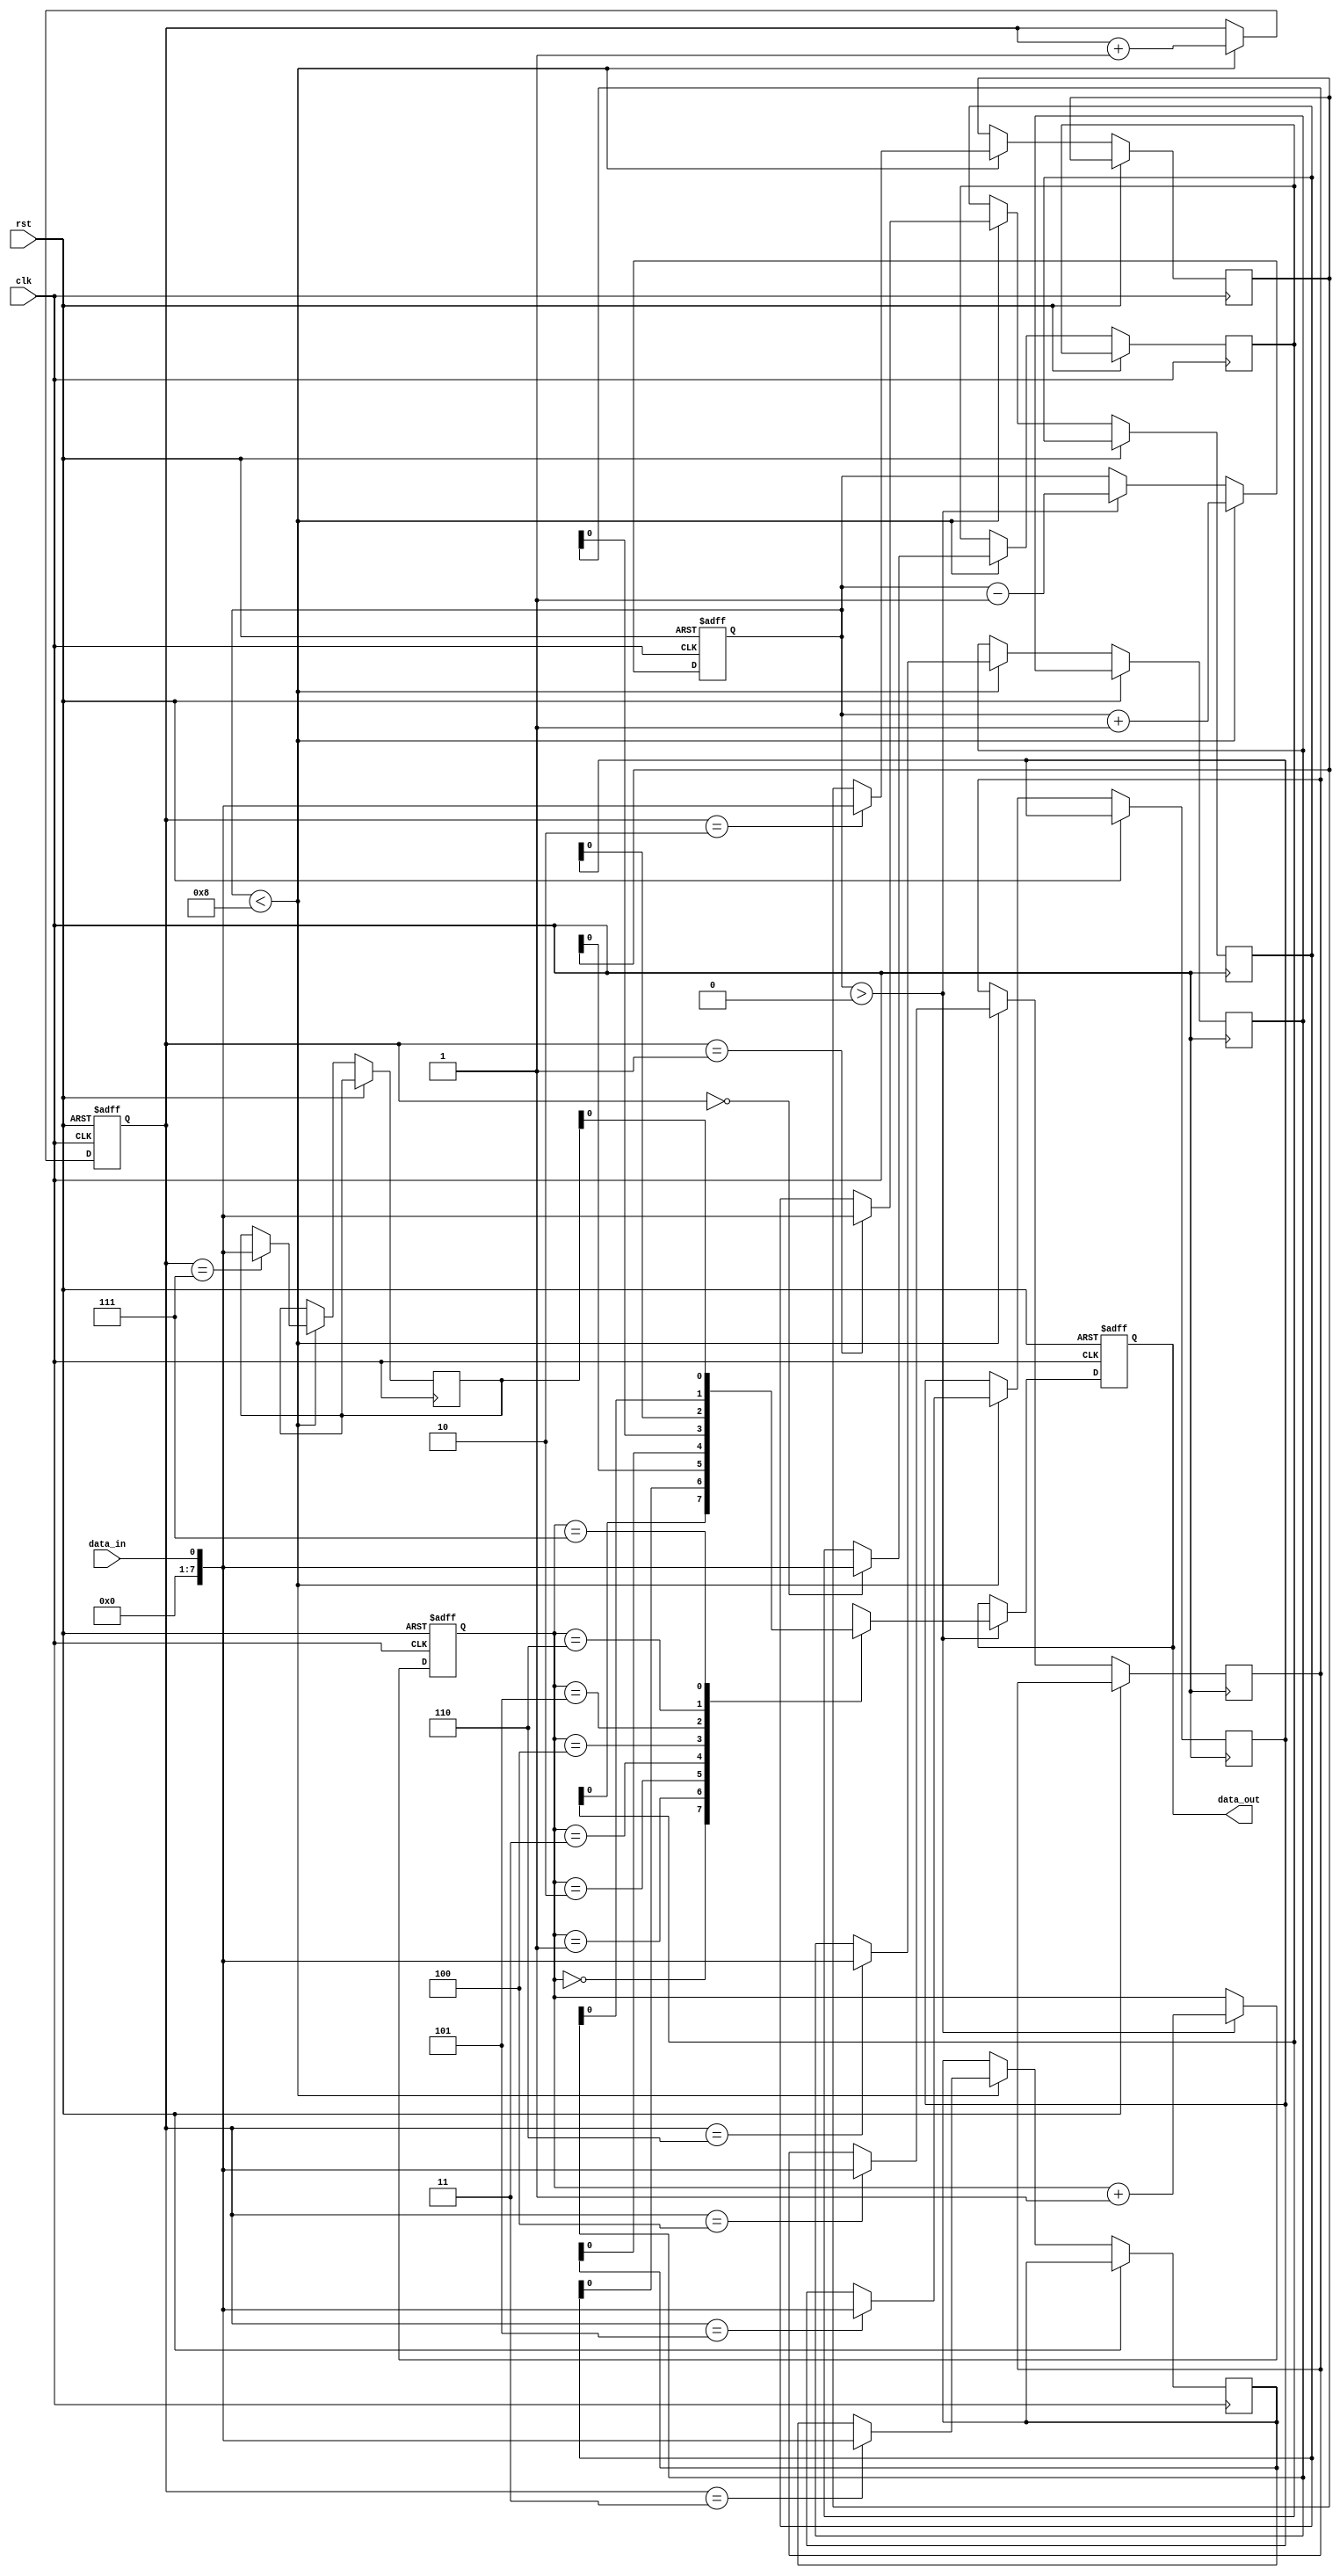
module lifo (
    input wire clk, // Clock signal
    input wire rst, // Reset signal
    input wire data_in, // Input data port
    output reg data_out // Output data port
);

reg [7:0] memory [0:7]; // Memory block to store data entries
reg [2:0] head = 0; // Head pointer to keep track of next entry to be read
reg [2:0] tail = 0; // Tail pointer to keep track of next entry to be written
reg [2:0] count = 0; // Count to keep track of number of entries in the FIFO

always @(posedge clk or posedge rst) begin
    if (rst) begin
        // Reset the FIFO
        head <= 0;
        tail <= 0;
        count <= 0;
        data_out <= 0;
    end else begin
        if (count > 0) begin
            // Read data from FIFO
            data_out <= memory[head];
            head <= head + 1;
            count <= count - 1;
        end
        
        if (count < 8) begin
            // Write data to FIFO
            memory[tail] <= data_in;
            tail <= tail + 1;
            count <= count + 1;
        end
    end
end

endmodule